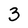
Character: 3